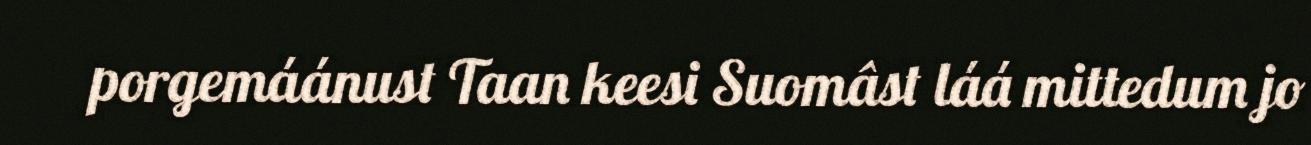
porgemáánust Taan keesi Suomâst láá mittedum jo